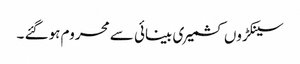
سینکڑوں کشمیری بینائی سے محروم ہوگئے ۔